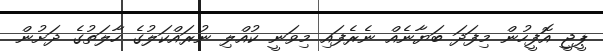
ޕީޖީ އޮފީހުން މިފަދަ ބަޔާނެއް ނެރެފައި މިވަނީ ކުއްލި ނުރައްކަލުގެ ހާލަތުގެ ދަށުން